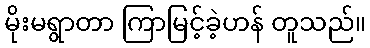
မိုးမရွာတာ ကြာမြင့်ခဲ့ဟန် တူသည်။